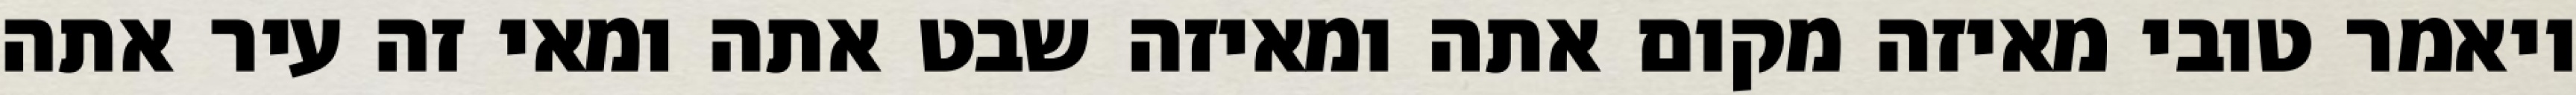
ויאמר טובי מאיזה מקום אתה ומאיזה שבט אתה ומאי זה עיר אתה